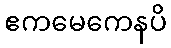
ဧကမေကေနပိ